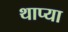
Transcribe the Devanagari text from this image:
थाप्या